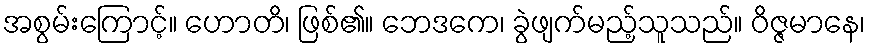
အစွမ်းကြောင့်။ ဟောတိ၊ ဖြစ်၏။ ဘေဒကေ၊ ခွဲဖျက်မည့်သူသည်။ ဝိဇ္ဇမာနေ၊